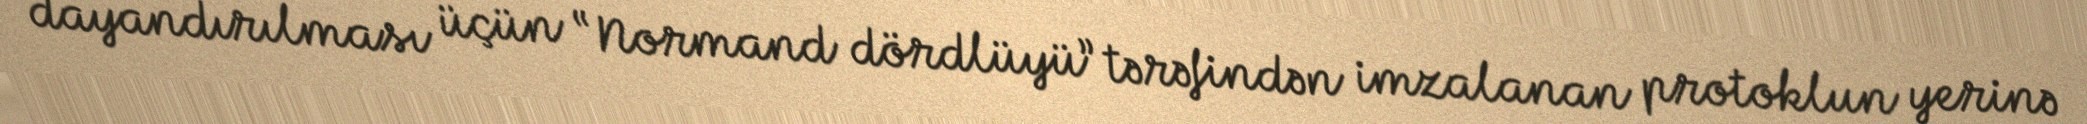
dayandırılması üçün “Normand dördlüyü” tərəfindən imzalanan protoklun yerinə